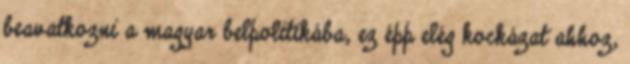
beavatkozni a magyar belpolitikába, ez épp elég kockázat ahhoz,